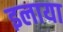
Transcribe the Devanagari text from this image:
इलाया